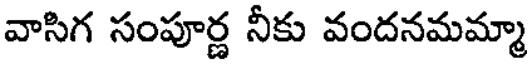
వాసిగ సంపూర్ణ నీకు వందనమమ్మా